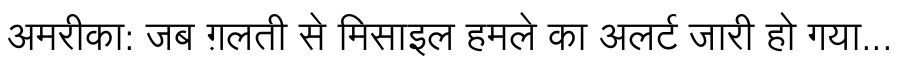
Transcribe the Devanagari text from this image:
अमरीका: जब ग़लती से मिसाइल हमले का अलर्ट जारी हो गया...